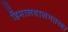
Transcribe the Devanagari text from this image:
हिमालयालगतच्या